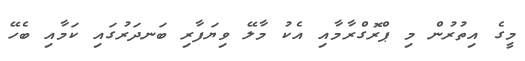
މީގެ އިތުރުން މި ޕްރޮގްރާމާއި އެކު މާލޭ ވިޔަފާރި ބަނދަރުގައި ކަމާއި ބެހޭ